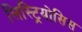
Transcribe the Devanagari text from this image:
लिस्ट्रियोसिस